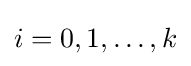
i=0,1,\dots ,k